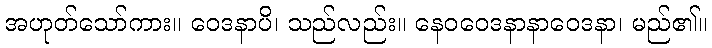
အဟုတ်သော်ကား။ ဝေဒနာပိ၊ သည်လည်း။ နေဝဝေဒနာနာဝေဒနာ၊ မည်၏။